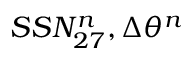
S S N _ { 2 7 } ^ { n } , \Delta \theta ^ { n }